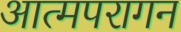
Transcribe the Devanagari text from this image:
आत्मपरागन